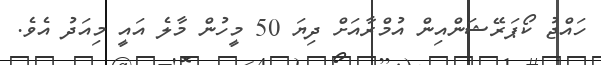
ހައްޖު ކޯޕަރޭޝަންއިން އުމްރާއަށް ދިޔަ 50 މީހުން މާލެ އައީ މިއަދު އެވެ.